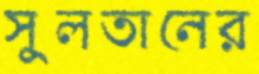
সুলতানের